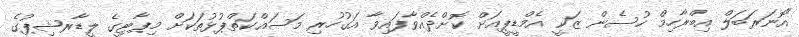
"އޮނަރަބަލް އިބްރާހިމް ހުސެން ޒަކީ އެމްޑީޕީއަށް ކޮށްދެއްވާފައިވާ އަގުހުރި މަސައްކަތްޕުޅުތަކަށް މިޕާޓީގެ ލީޑާރޝިޕުގެ